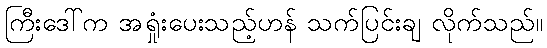
ကြီးဒေါ်က အရှုံးပေးသည့်ဟန် သက်ပြင်းချ လိုက်သည်။